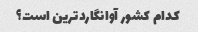
کدام کشور آوانگاردترین است؟